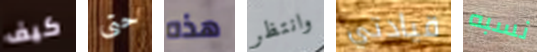
كيف حتى هذه وانتظر قيادتي نسبه